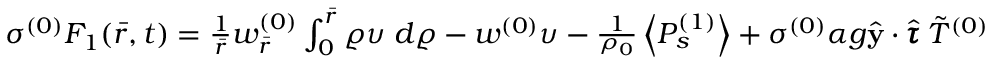
\begin{array} { r } { \sigma ^ { ( 0 ) } F _ { 1 } ( \bar { r } , t ) = \frac { 1 } { \bar { r } } w _ { \bar { r } } ^ { ( 0 ) } \int _ { 0 } ^ { \bar { r } } \varrho \upsilon \; d \varrho - w ^ { ( 0 ) } \upsilon - \frac { 1 } { \rho _ { 0 } } \left< P _ { s } ^ { ( 1 ) } \right> + \sigma ^ { ( 0 ) } \alpha g \hat { \mathbf { y } } \cdot \hat { \pmb { \tau } } \: \Tilde { T } ^ { ( 0 ) } } \end{array}